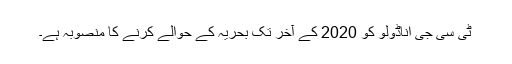
ٹی سی جی اناڈولو کو 2020 کے آخر تک بحریہ کے حوالے کرنے کا منصوبہ ہے۔